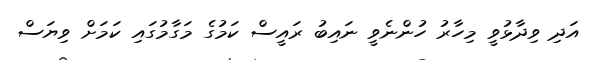
އަދި ވިދާޅުވީ މިހާރު ހުންނެވީ ނައިބު ރައީސް ކަމުގެ މަގާމުގައި ކަމަށް ވިޔަސް